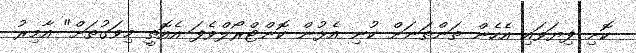
ކޮށި ފިޔަވައި އެހެން ތަންތަނަށް ކުނި އެޅުން ކޮންޓްރޯލްވެފަ އެއޮތީ މިވަގުތަށް" އާމިރު